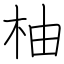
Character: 柚